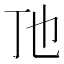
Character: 𬺼